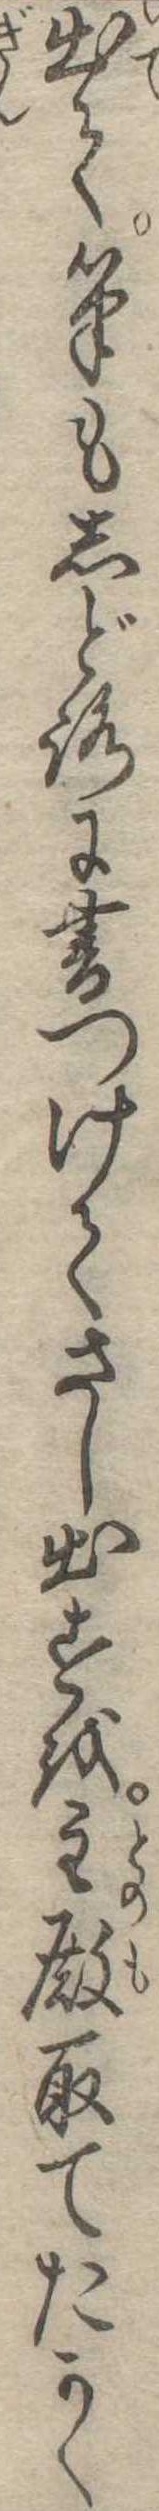
出て筆もしどろに書つけてさし出すを主殿取てたかく